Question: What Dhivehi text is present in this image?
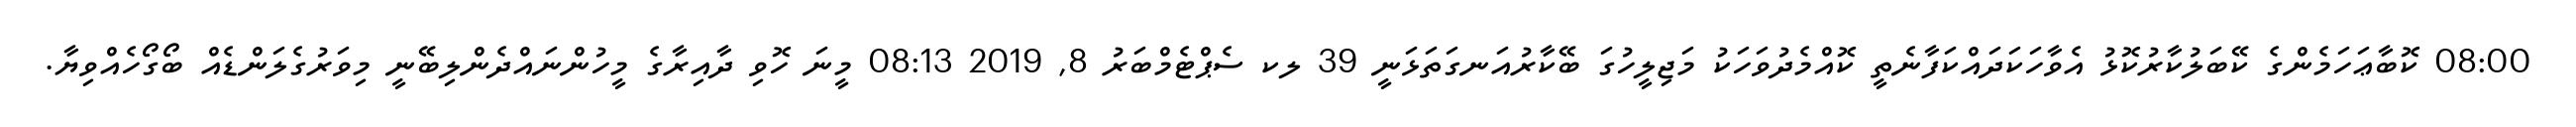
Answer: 08:00 ކޮބާޢަހަމެންގެ ކޭބަލުކާރުކޮޅު އެވާހަކަދައްކަފާނެތީ ކޮއްމެދުވަހަކު މަޖިލީހުގަ ބޭކާރުއަނގަތަޅަނީ 39 ލކ ސެޕްޓެމްބަރު 8, 2019 08:13 މީނަ ހޮވި ދާއިރާގެ މީހުންނައްދެންލިބޭނީ މިވަރުގެލަންޑެއް ބޯގޯހެއްވިޔާ.